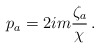
\begin{align*}p_a=2im\frac{\zeta_a}{\chi}\,. \end{align*}